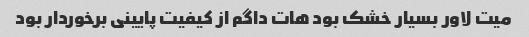
میت لاور بسیار خشک بود هات داگم از کیفیت پایینی برخوردار بود